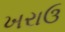
ખરાઉ